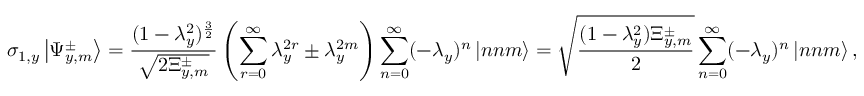
\sigma _ { 1 , y } \left| \Psi _ { y , m } ^ { \pm } \right> = \frac { ( 1 - \lambda _ { y } ^ { 2 } ) ^ { \frac { 3 } { 2 } } } { \sqrt { 2 \Xi _ { y , m } ^ { \pm } } } \left( \sum _ { r = 0 } ^ { \infty } \lambda _ { y } ^ { 2 r } \pm \lambda _ { y } ^ { 2 m } \right) \sum _ { n = 0 } ^ { \infty } ( - \lambda _ { y } ) ^ { n } \left| n n m \right> = \sqrt { \frac { ( 1 - \lambda _ { y } ^ { 2 } ) \Xi _ { y , m } ^ { \pm } } { 2 } } \sum _ { n = 0 } ^ { \infty } ( - \lambda _ { y } ) ^ { n } \left| n n m \right> ,